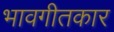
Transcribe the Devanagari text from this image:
भावगीतकार